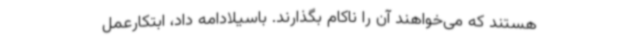
هستند که می‌خواهند آن را ناکام بگذارند. باسیلادامه داد، ابتکارعمل